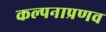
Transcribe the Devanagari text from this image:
कल्पनाप्रणव